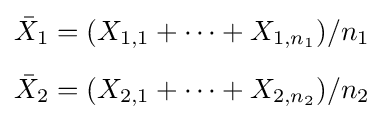
{\begin{aligned}{\bar {X}}_{1}&=(X_{1,1}+\cdots +X_{1,n_{1}})/n_{1}\\[6pt]{\bar {X}}_{2}&=(X_{2,1}+\cdots +X_{2,n_{2}})/n_{2}\end{aligned}}